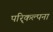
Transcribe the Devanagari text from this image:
परि्कल्पना